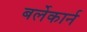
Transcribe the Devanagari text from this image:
बर्लेकार्न